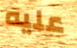
عليه